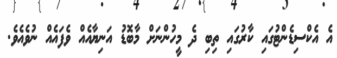
އެ އެކްސިޑެންޓުގައި ކާރުގައި ތިބި ދެ މީހުންނަށް މާބޮޑު އަނިޔާއެއް ވެފައެއް ނުވެއެވެ.